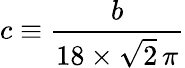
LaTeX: c\equiv\frac{b}{18\times\sqrt{2}\, \pi}